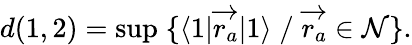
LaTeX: d(1,2)=\operatorname*{sup}\; \{ \langle 1|{\overrightarrow{r_{a}}}|1\rangle\; /\; {\overrightarrow{r_{a}}}\in\mathcal{N}\} .